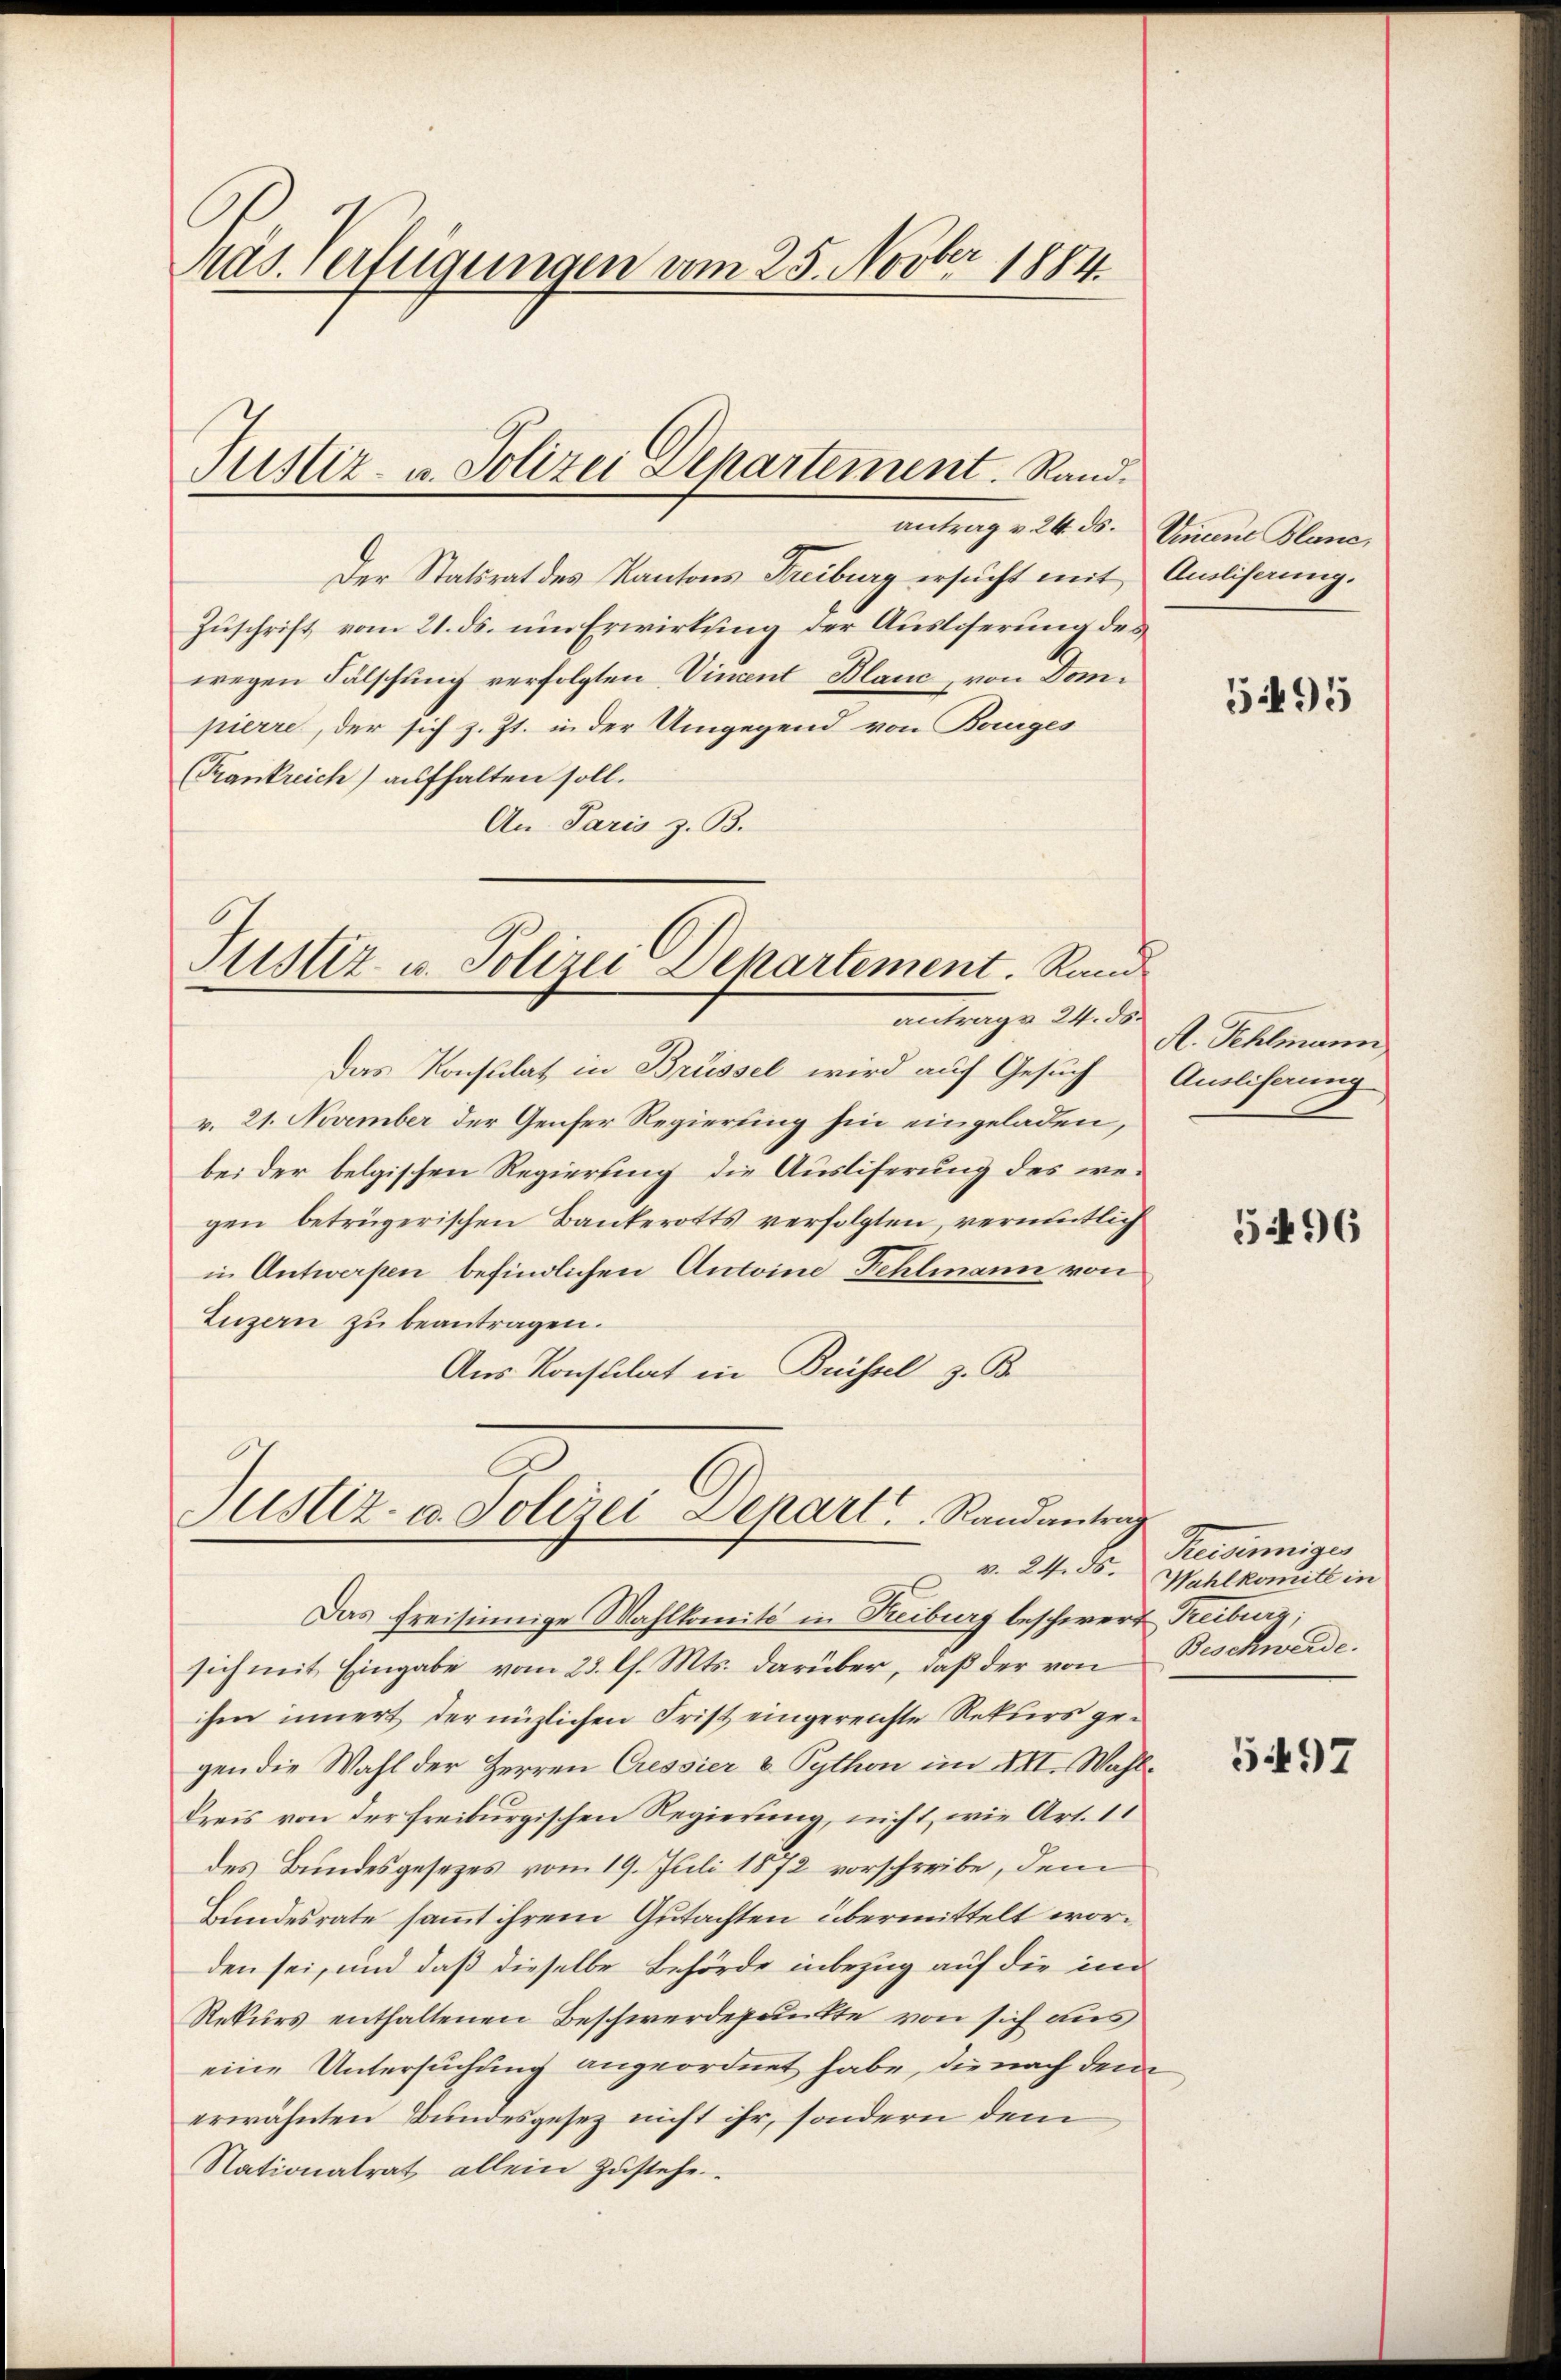
as. Verfügungen vom 25. Novber 1884

Der Statsrat des Kantons Freiburg ersucht mit
Zuschrift vom 21. ds. um Erwirkung der Ausliserung des
wegen Fälschung verfolgten Vincent Blanc, von Dompierre, der sich z. Zt. in der Umgegend von Bauges
(Krankreich) aufhalten soll.
An Paris z. B.

Justiz- u. Polizei Departement. Rand¬

Justiz u. Polizei Departement. Rand
antrage 24. ds.

Das Konsulat in Brüssel wird auf Gesuch
v. 21. November der Genfer Regierung hin eingeladen,
bei der belgischen Regierung die Ausliferung des wegen betrügerischen Bankerotts verfolgten, vermutlich
in Antwerpen befindlichen Antoine Fehlmann von
Luzern zu beantragen.
Aus Konsulat in Buissel z. B.

Justiz- u. Polizei Depart Randantrag
v. 24. ds.

antrag v. 24. ds. Unaue Blanc,

Ausliserung.

Das freisinnige Wahlkomite in Reiburg beschwert Treiburg,
sich mit Eingabe vom 23. l. Mts. darüber, daß der von Beschwerde.
ihm innert der nützlichen Frist eingereichte Rekurs gegen die Wahl der Herren Cressier & Python im XII. Wahle
Kreis von der freiburgischen Regierung, nicht, wie Art. 11
des Bundesgesezes vom 19. Juli 1872 vorschreibe, dem
Bundesrate sammt ihrem Gutachten übermittelt worden sei, und daß dieselbe Behörde inbezug auf die in
Rekurs enthaltenen Beschwerdepunkte von sich aus
eine Untersuchung angeordnet habe, die nach dem
erwähnten Bundesgesez nicht ihr, sondern dem
Nationalrat allein Zustehe

595

R. Fehlmann
Auslicherung

54496

Pensinniger
Wahlkomité in

5497